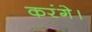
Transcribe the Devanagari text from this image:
करंगे।